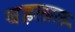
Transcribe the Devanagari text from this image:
बहलाल